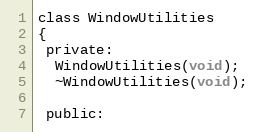
Language: C
class WindowUtilities
{
 private:
  WindowUtilities(void);
  ~WindowUtilities(void);

 public: